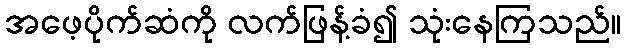
အဖေ့ပိုက်ဆံကို လက်ဖြန့်ခံ၍ သုံးနေကြသည်။